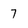
Character: 7